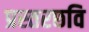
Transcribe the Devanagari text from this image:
प्रस्तरछवि